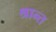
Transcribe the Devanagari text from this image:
श्रान्त